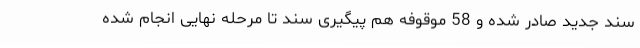
سند جدید صادر شده و 58 موقوفه هم پیگیری سند تا مرحله نهایی انجام شده